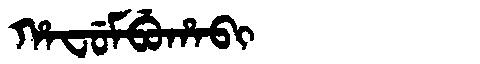
Manchu: ᡥᠠᠸᡠᠮᠪᡠᡥᠠᠪᡳ
Romanization: HAFUMBUHABI